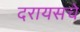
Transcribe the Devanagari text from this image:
दरायसचे